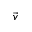
\Vec { v }